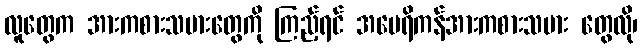
လူတွေက အားကစားသမားတွေကို ကြည့်ရင် အမေရိကန်အားကစားသမား တွေလို၊